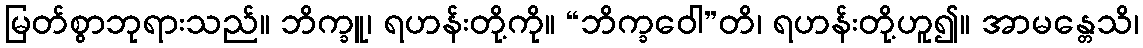
မြတ်စွာဘုရားသည်။ ဘိက္ခူ၊ ရဟန်းတို့ကို။ “ဘိက္ခဝေါ”တိ၊ ရဟန်းတို့ဟူ၍။ အာမန္တေသိ၊